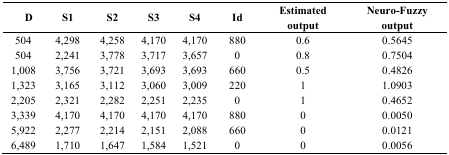
<table><thead><tr><td><b>D</b></td><td><b>S1</b></td><td><b>S2</b></td><td><b>S3</b></td><td><b>S4</b></td><td><b>Id</b></td><td><b>Estimated output</b></td><td><b>Neuro-Fuzzy output</b></td></tr></thead><tbody><tr><td>504</td><td>4,298</td><td>4,258</td><td>4,170</td><td>4,170</td><td>880</td><td>0.6</td><td>0.5645</td></tr><tr><td>504</td><td>2,241</td><td>3,778</td><td>3,717</td><td>3,657</td><td>0</td><td>0.8</td><td>0.7504</td></tr><tr><td>1,008</td><td>3,756</td><td>3,721</td><td>3,693</td><td>3,693</td><td>660</td><td>0.5</td><td>0.4826</td></tr><tr><td>1,323</td><td>3,165</td><td>3,112</td><td>3,060</td><td>3,009</td><td>220</td><td>1</td><td>1.0903</td></tr><tr><td>2,205</td><td>2,321</td><td>2,282</td><td>2,251</td><td>2,235</td><td>0</td><td>1</td><td>0.4652</td></tr><tr><td>3,339</td><td>4,170</td><td>4,170</td><td>4,170</td><td>4,170</td><td>880</td><td>0</td><td>0.0050</td></tr><tr><td>5,922</td><td>2,277</td><td>2,214</td><td>2,151</td><td>2,088</td><td>660</td><td>0</td><td>0.0121</td></tr><tr><td>6,489</td><td>1,710</td><td>1,647</td><td>1,584</td><td>1,521</td><td>0</td><td>0</td><td>0.0056</td></tr></tbody></table>